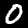
Label: 0